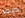
ديفد